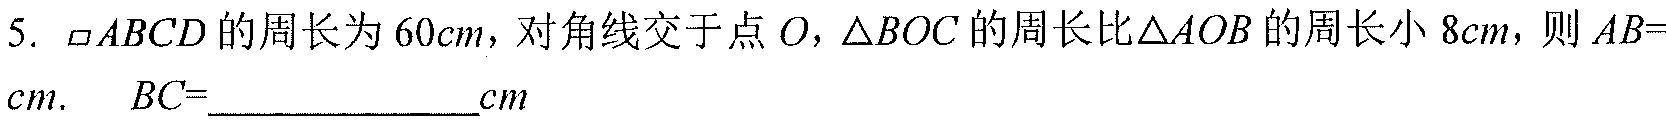
5. $\square ABCD$的周长为$60cm$，对角线交于点$O$，$\triangle BOC$的周长比$\triangle AOB$的周长小$8cm$，则$AB =$___$cm$，$BC =$___$cm$